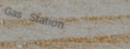
Gas Station